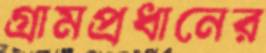
গ্রামপ্রধানের